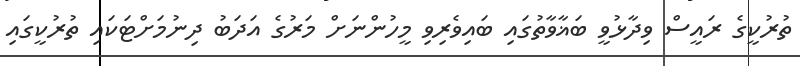
ތުރުކީގެ ރައީސް ވިދާޅުވީ ބަޣާވާތުގައި ބައިވެރިވި މީހުންނަށް މަރުގެ އަދަބު ދިނުމަށްޓަކައި ތުރުކީގައި